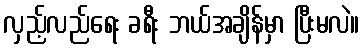
လှည့်လည်ရေး ခရီး ဘယ်အချိန်မှာ ပြီးမလဲ။